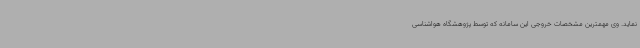
نماید. وی مهمترین مشخصات خروجی این سامانه که توسط پژوهشگاه هواشناسی